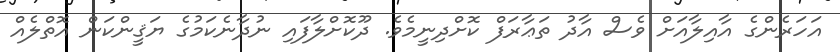
އަހަރެންގެ އާއިލާއަށް ވެސް އާދު ތަޢާރަފް ކޮށްދިނީމެވެ. ދޫކޮށްލާފައި ނުދާނެކަމުގެ ޔަޤީންކަން އޮތްލެއް